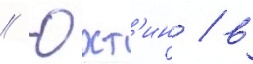
// Юхт'ин / в